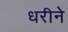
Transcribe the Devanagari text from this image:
धरीने